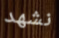
نشهد